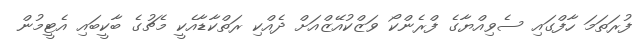
ފުރަތަމަ ހާފްގައި ސެވިއްޔާގެ ފްރެންކޯ ވަޒްކުއޭޒްއަށް ދެއްކި ރަތްކާޑާއެކީ މެޗުގެ ބާކީބައި އެޓީމުން